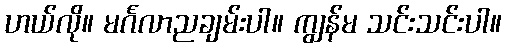
ဟယ်လို။ မင်္ဂလာညချမ်းပါ။ ကျွန်မ သင်းသင်းပါ။